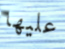
عليها